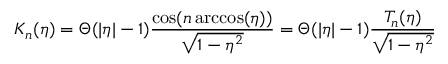
K _ { n } ( \eta ) = \Theta ( | \eta | - 1 ) \frac { \cos ( n \operatorname { a r c c o s } ( \eta ) ) } { \sqrt { 1 - \eta ^ { 2 } } } = \Theta ( | \eta | - 1 ) \frac { T _ { n } ( \eta ) } { \sqrt { 1 - \eta ^ { 2 } } }